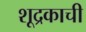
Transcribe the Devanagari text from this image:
शूद्रकाची